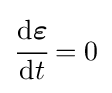
{\cfrac {\mathrm {d} {\boldsymbol {\varepsilon }}}{\mathrm {d} t}}=0